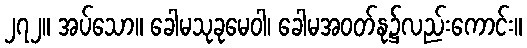
၂၇၂။ အပ်သော။ ခေါမသုခုမေဝါ၊ ခေါမအဝတ်နု၌လည်းကောင်း။